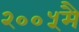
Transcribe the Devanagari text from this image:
२००५मै